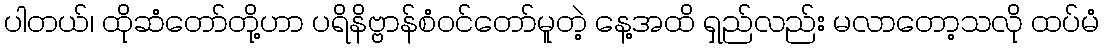
ပါတယ်၊ ထိုဆံတော်တို့ဟာ ပရိနိဗ္ဗာန်စံဝင်တော်မူတဲ့ နေ့အထိ ရှည်လည်း မလာတော့သလို ထပ်မံ